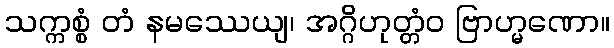
သက္ကစ္စံ တံ နမဿေယျ၊ အဂ္ဂိဟုတ္တံဝ ဗြာဟ္မဏော။